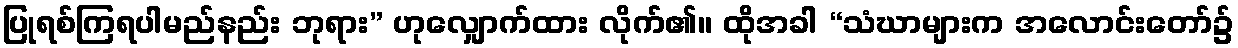
ပြုရစ်ကြရပါမည်နည်း ဘုရား” ဟုလျှောက်ထား လိုက်၏။ ထိုအခါ “သံဃာများက အလောင်းတော်၌